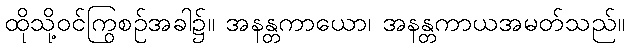
ထိုသို့ဝင်ကြွစဉ်အခါ၌။ အနန္တကာယော၊ အနန္တကာယအမတ်သည်။